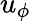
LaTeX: u_{\phi}